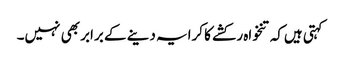
کہتی ہیں‌کہ تنخواہ رکشے کا کرایہ دینے کے برابر بھی نہیں۔